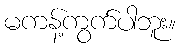
မကန့်ကွက်ပါဘူး။